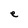
Character: e